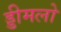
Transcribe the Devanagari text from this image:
ड्डीमलो